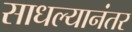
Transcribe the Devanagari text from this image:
साधल्यानंतर